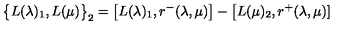
\big \{ L ( \lambda ) _ { 1 } , L ( \mu ) \big \} _ { 2 } = \big [ L ( \lambda ) _ { 1 } , r ^ { - } ( \lambda , \mu ) \big ] - \big [ L ( \mu ) _ { 2 } , r ^ { + } ( \lambda , \mu ) ]